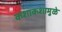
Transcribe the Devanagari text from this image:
कशाकशामुळे